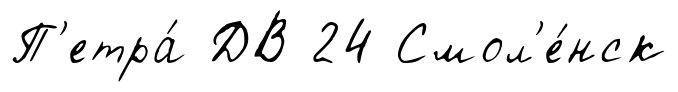
П'етра́ ДВ 24 Смол'е́нск